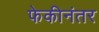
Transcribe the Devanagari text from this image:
फेकीनंतर